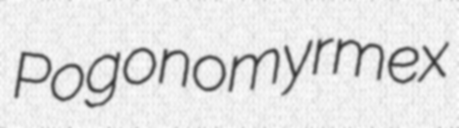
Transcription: Pogonomyrmex